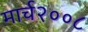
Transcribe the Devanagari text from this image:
मार्च२००८